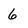
Character: 6